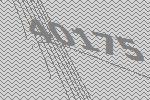
40175